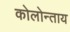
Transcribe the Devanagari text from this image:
कोलोन्ताय